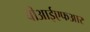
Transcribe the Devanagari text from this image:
बीआईएफआर